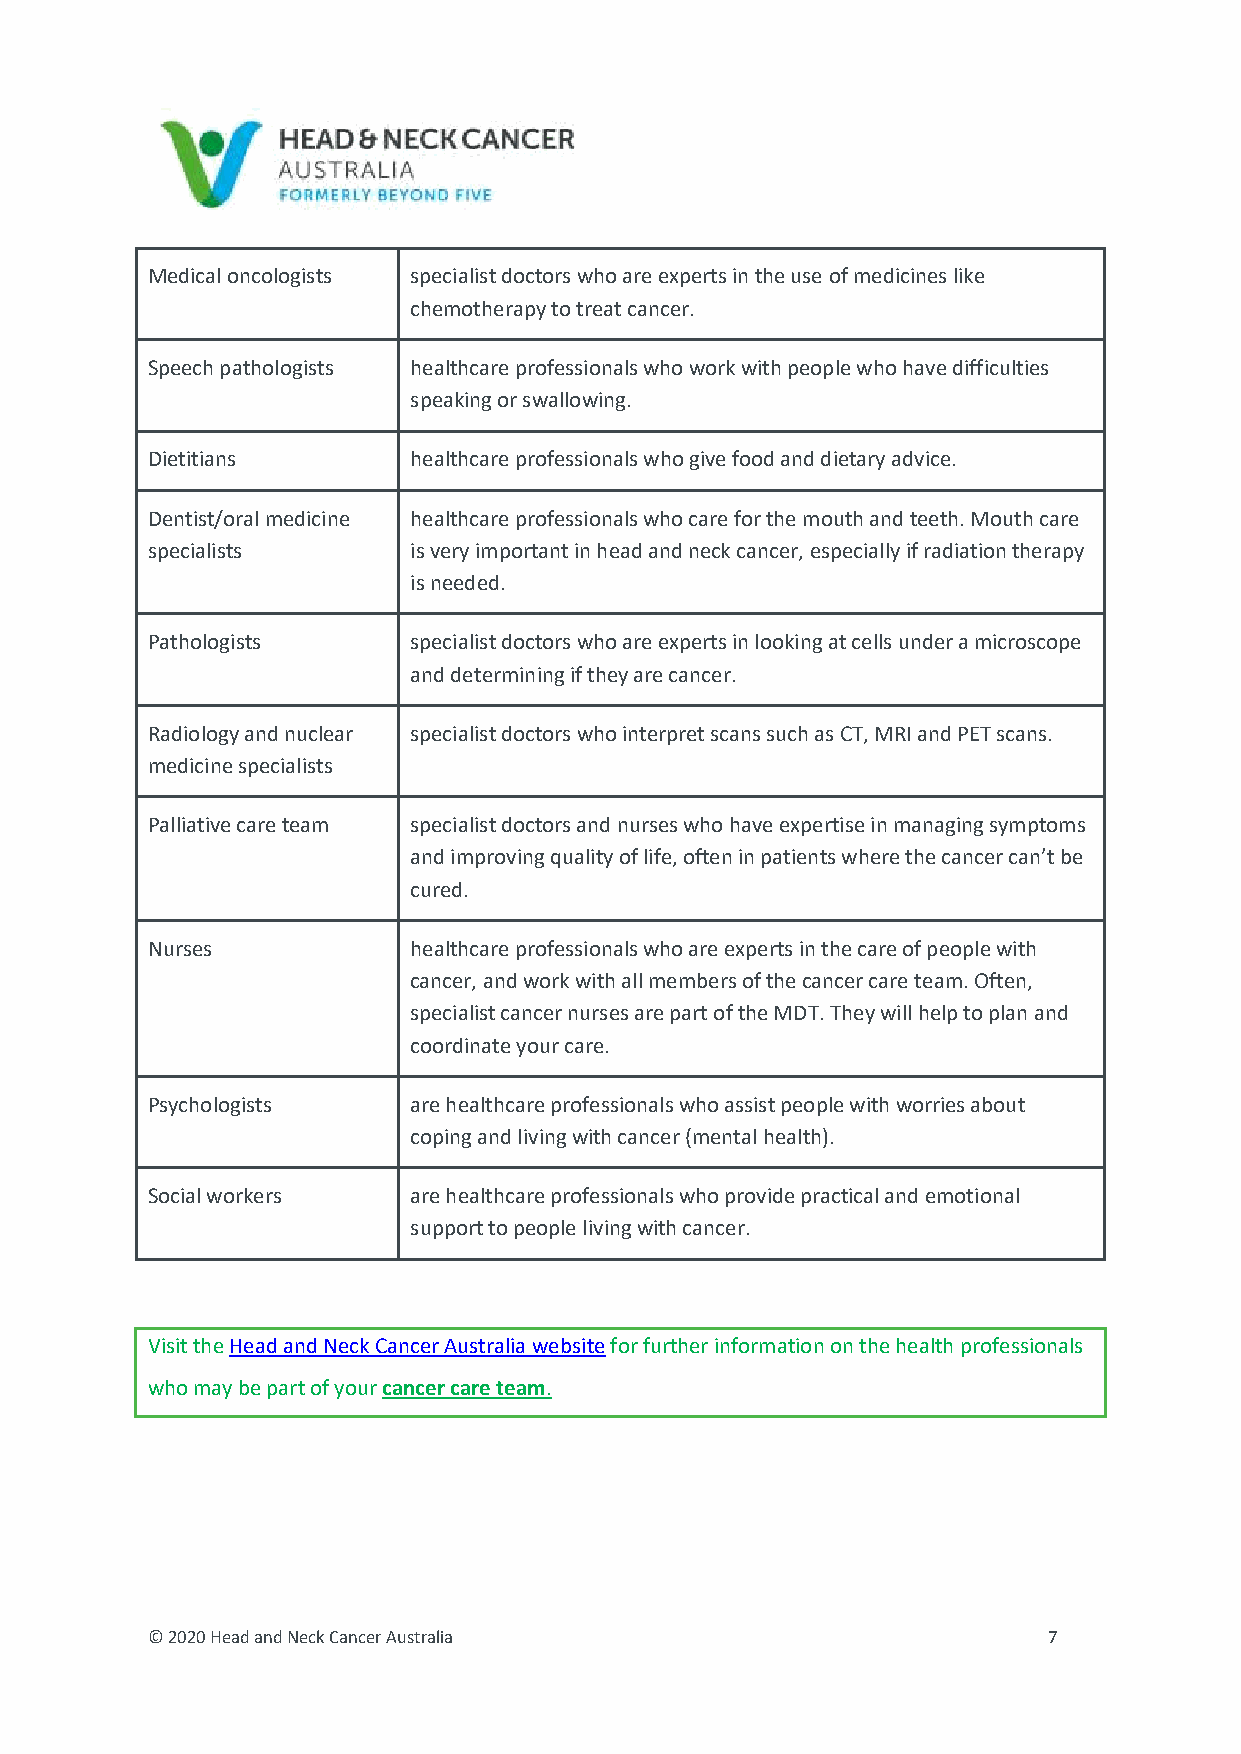
Medical oncologists specialist doctors who are experts in the use of medicines like
 chemotherapy to treat cancer.
 Speech pathologists healthcare professionals who work with people who have difficulties
 speaking or swallowing.
 Dietitians       healthcare professionals who give food and dietary advice.
 Dentist/oral medicine healthcare professionals who care for the mouth and teeth. Mouth care
 specialists      is very important in head and neck cancer, especially if radiation therapy
 is needed.
 Pathologists     specialist doctors who are experts in looking at cells under a microscope
 and determining if they are cancer.
 Radiology and nuclear specialist doctors who interpret scans such as CT, MRI and PET scans.
 medicine specialists
 Palliative care team specialist doctors and nurses who have expertise in managing symptoms
 and improving quality of life, often in patients where the cancer can’t be
 cured.
 Nurses           healthcare professionals who are experts in the care of people with
 cancer, and work with all members of the cancer care team. Often,
 specialist cancer nurses are part of the MDT. They will help to plan and
 coordinate your care.
 Psychologists    are healthcare professionals who assist people with worries about
 coping and living with cancer (mental health).
 Social workers   are healthcare professionals who provide practical and emotional
 support to people living with cancer.
 Visit the Head and Neck Cancer Australia website for further information on the health professionals
 who may be part of your cancer care team.
 © 2020 Head and Neck Cancer Australia                      7